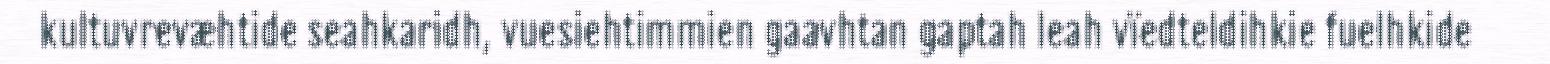
kultuvrevæhtide seahkaridh, vuesiehtimmien gaavhtan gaptah leah vïedteldihkie fuelhkide